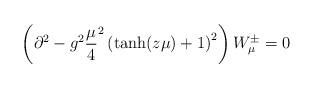
\begin{align*}\left (\partial^2 - g^2{\mu \over 4}^2 \left ({\rm tanh}(z\mu) + 1\right )^2\right )W_{\mu}^{\pm} = 0 \end{align*}